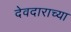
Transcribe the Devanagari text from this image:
देवदाराच्या